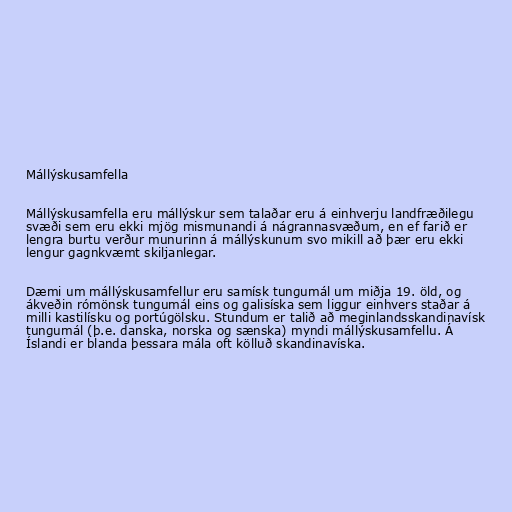
Mállýskusamfella

Mállýskusamfella eru mállýskur sem talaðar eru á einhverju landfræðilegu
svæði sem eru ekki mjög mismunandi á nágrannasvæðum, en ef farið er
lengra burtu verður munurinn á mállýskunum svo mikill að þær eru ekki
lengur gagnkvæmt skiljanlegar.

Dæmi um mállýskusamfellur eru samísk tungumál um miðja 19. öld, og
ákveðin rómönsk tungumál eins og galisíska sem liggur einhvers staðar á
milli kastilísku og portúgölsku. Stundum er talið að meginlandsskandinavísk
tungumál (þ.e. danska, norska og sænska) myndi mállýskusamfellu. Á
Íslandi er blanda þessara mála oft kölluð skandinavíska.